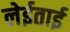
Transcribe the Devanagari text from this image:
लेईताई